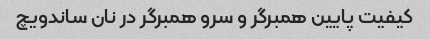
کیفیت پایین همبرگر و سرو همبرگر در نان ساندویچ